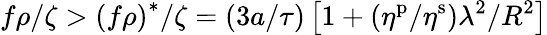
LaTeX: f\rho/\zeta>\left(f\rho\right)^{\ast}/\zeta=(3a/\tau)\left[1+(\eta^{\mathrm{p}}/\eta^{\mathrm{s}})\lambda^{2}/R^{2}\right]